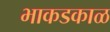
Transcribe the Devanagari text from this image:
भाकडकाळ